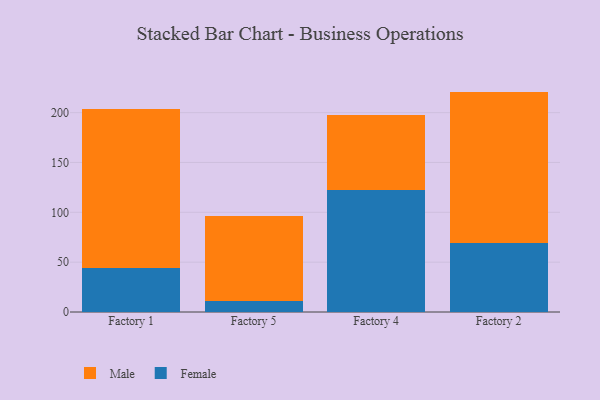
{"axis": {"x": "Factory", "y": "Inventory Turnover"}, "legend": ["Female", "Male"], "data": [{"x": "Factory 1", "y": 44.2, "type": "Female"}, {"x": "Factory 1", "y": 159.5, "type": "Male"}, {"x": "Factory 5", "y": 10.6, "type": "Female"}, {"x": "Factory 5", "y": 86.1, "type": "Male"}, {"x": "Factory 4", "y": 122.4, "type": "Female"}, {"x": "Factory 4", "y": 75.7, "type": "Male"}, {"x": "Factory 2", "y": 69.2, "type": "Female"}, {"x": "Factory 2", "y": 151.9, "type": "Male"}]}